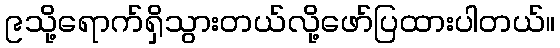
၉သို့ရောက်ရှိသွားတယ်လို့ဖော်ပြထားပါတယ်။